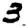
Digit: 3